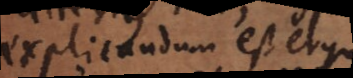
explicandum est ergo,